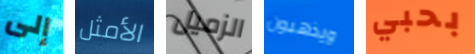
إلى الأمثل الزميل ويذهبون بحبي